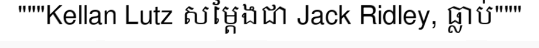
"""Kellan Lutz សម្តែងជា Jack Ridley, ធ្លាប់"""